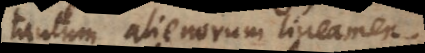
tantum alienorum lineamento